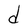
Character: d